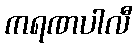
ကရဏပါလီ